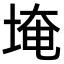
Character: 埯